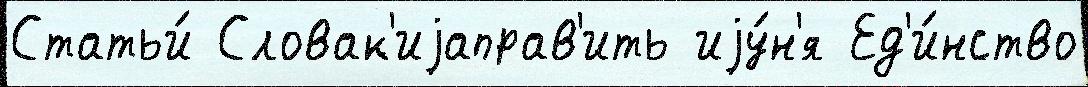
Статьи́ Словак'иjаправ'ить иjу́н'я Ед'и́нство